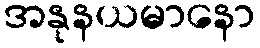
အနုနယမာနော